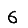
Digit: 6